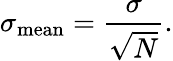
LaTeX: \sigma_{\mathrm{mean}}={\frac{\sigma}{\sqrt{N}}}.